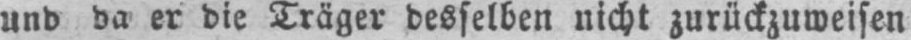
und da er die Träger desselben nicht zurückzuweisen